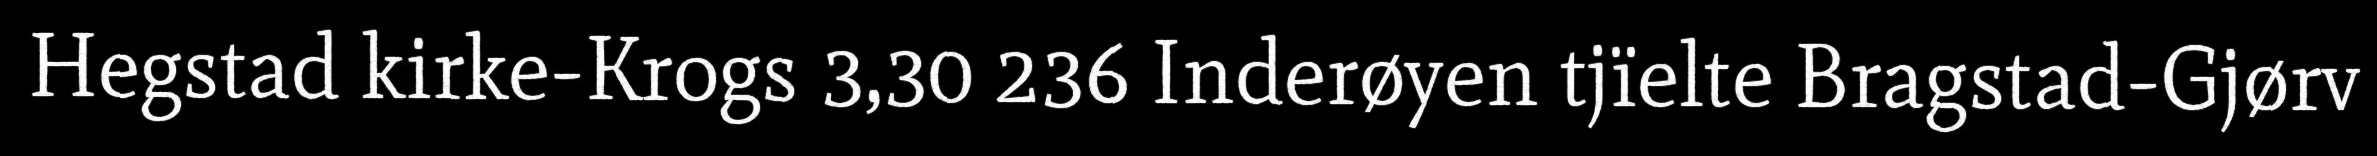
Hegstad kirke-Krogs 3,30 236 Inderøyen tjïelte Bragstad-Gjørv